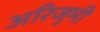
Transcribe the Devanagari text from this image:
अरिजुमी